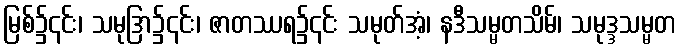
မြစ်၌၎င်း၊ သမုဒြာ၌၎င်း၊ ဇာတဿရ၌၎င်း သမုတ်အံ့၊ နဒီသမ္မတသိမ်၊ သမုဒ္ဒသမ္မတ